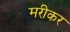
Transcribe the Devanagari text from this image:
मरीकर